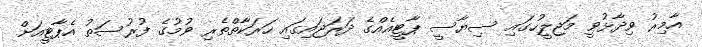
އާމިރު ވިދާޅުވީ މަޖިލީހުގައި ސިޔާސީ ޕާޓީއެއްގެ ދަރަޖައިގައި ހަރަކާތްތެރި ވުމުގެ ފުރުސަތު އެޕާޓީއަށް